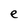
Character: e